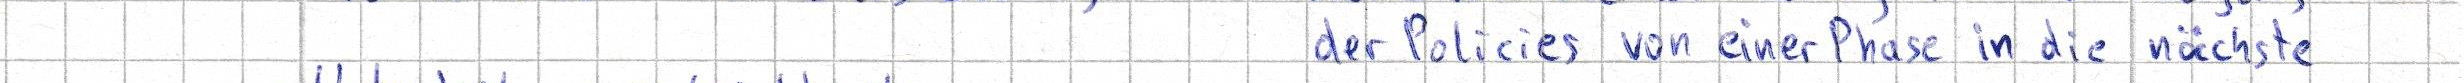
der Policies von einer Phase in die nächste